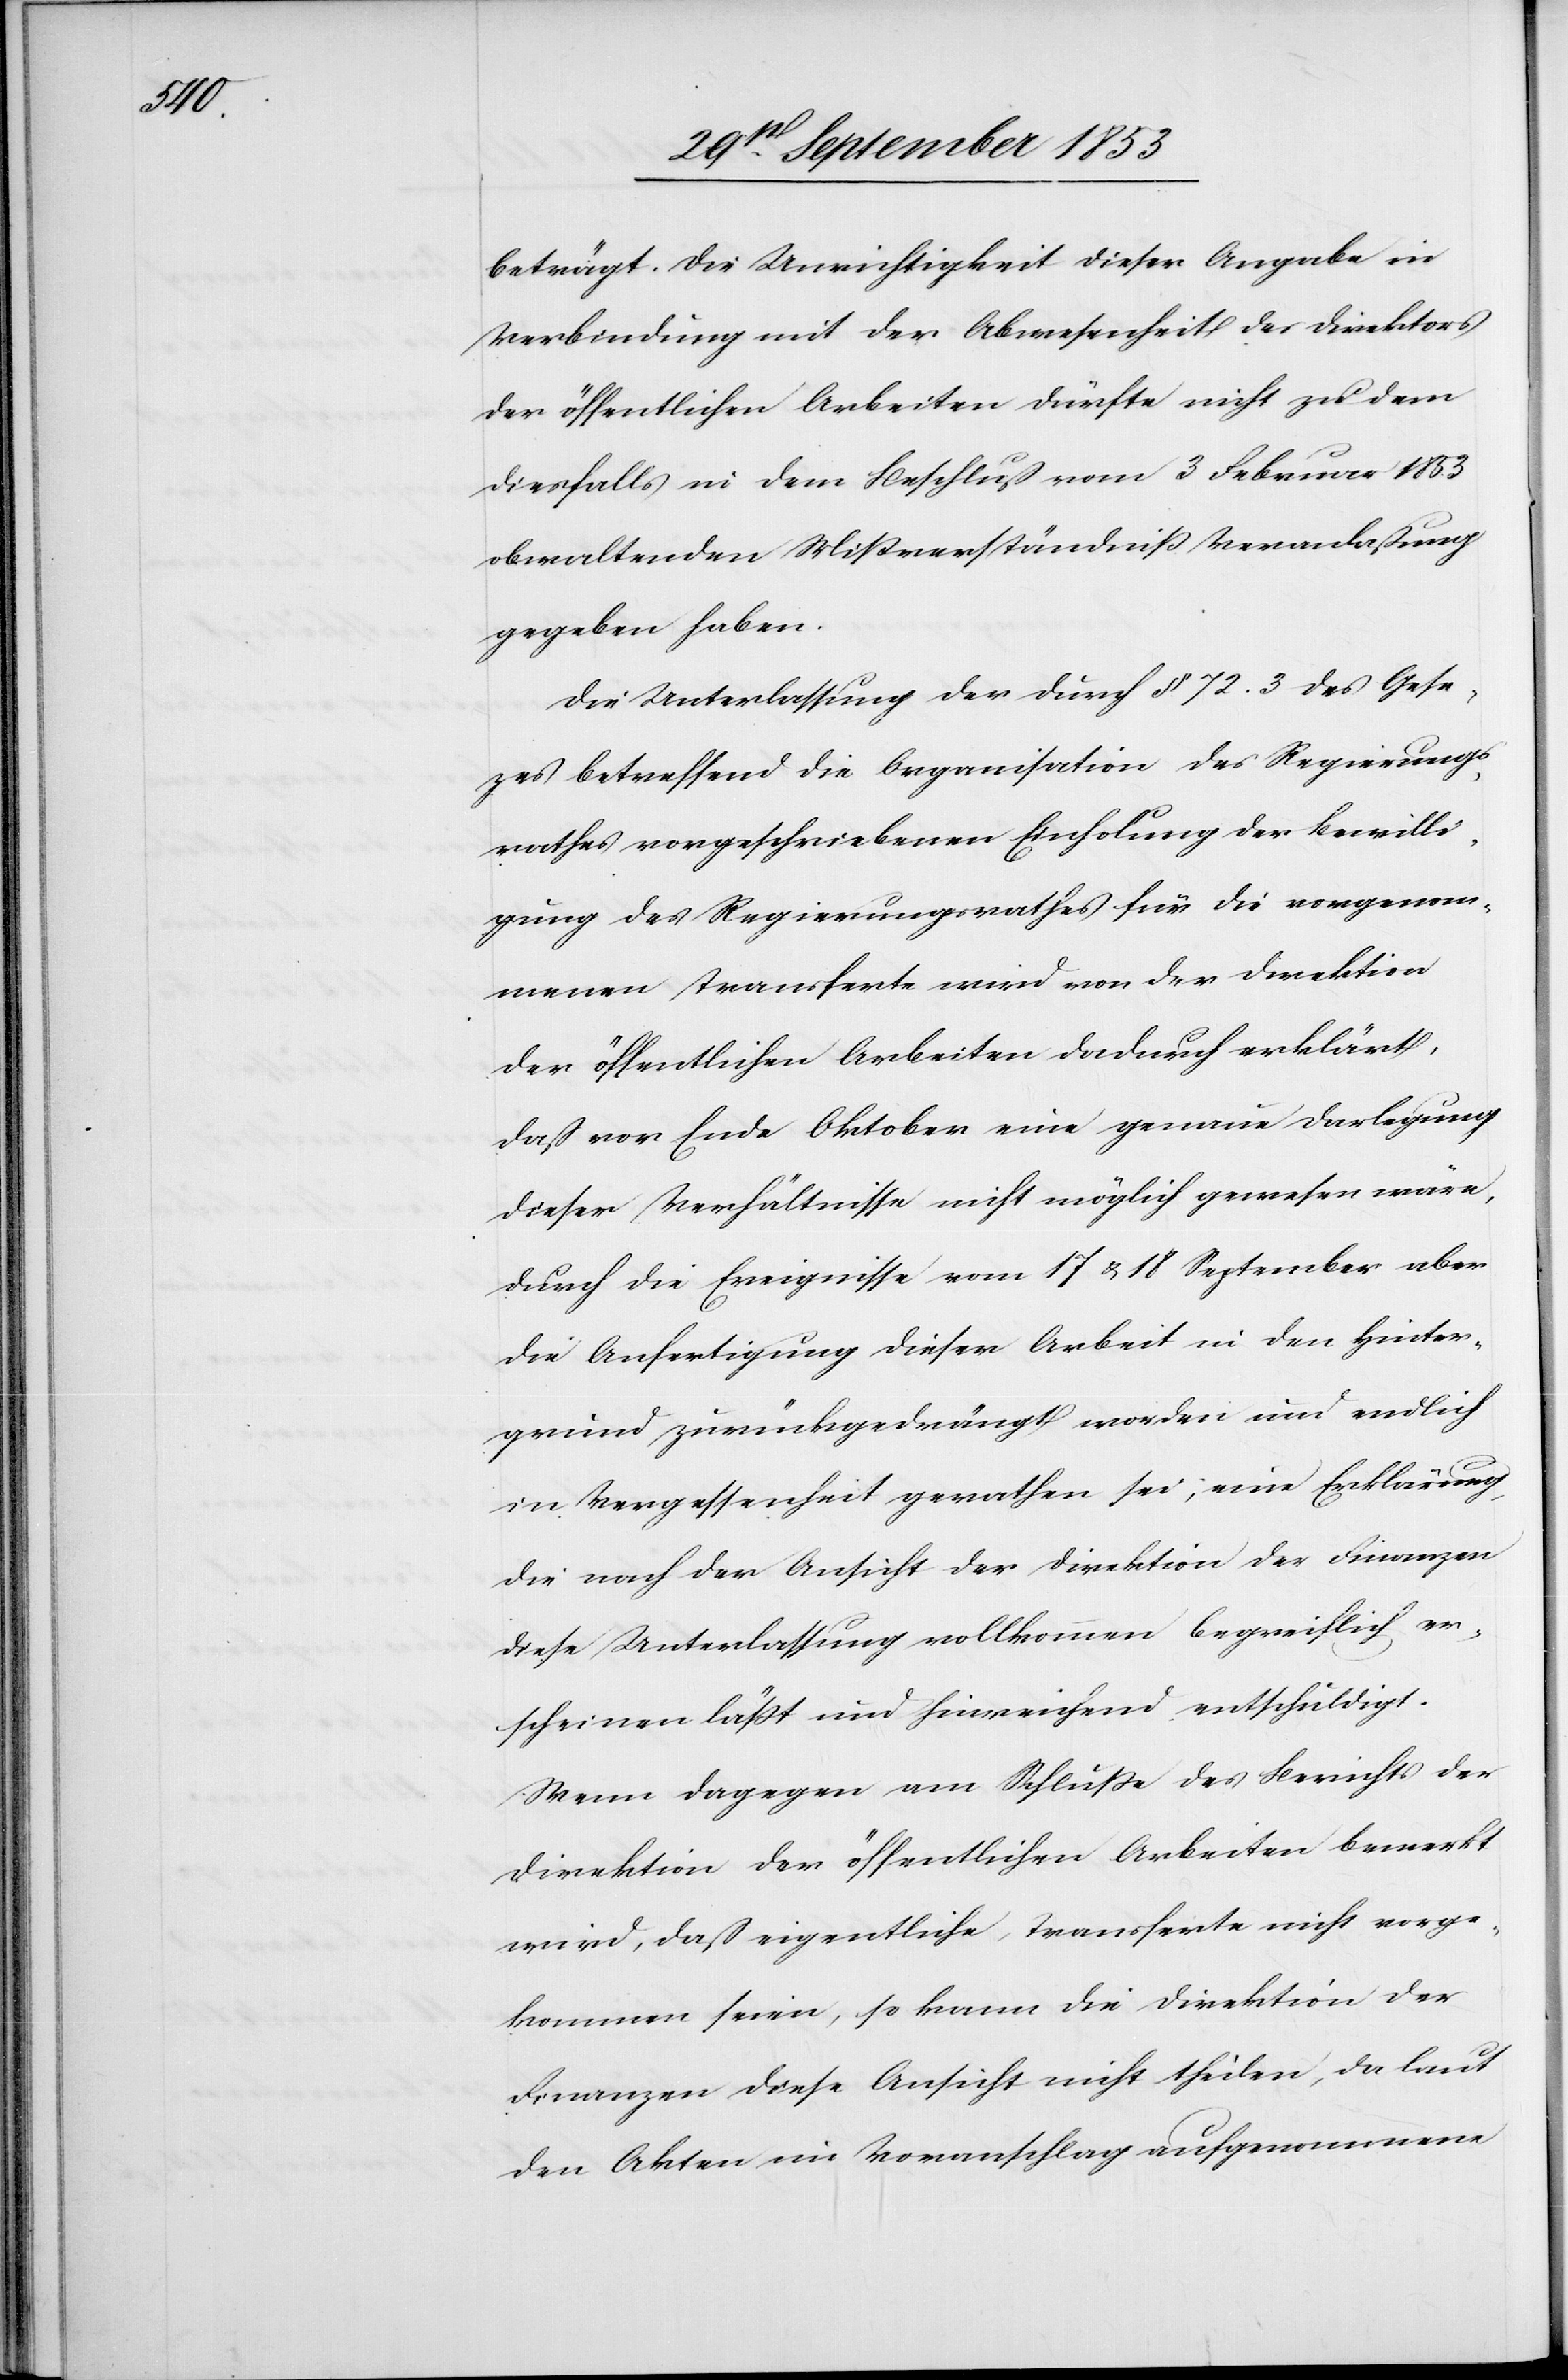
beträgt. Die Unrichtigkeit dieser Angabe in
Verbindung mit der Abwesenheit des Direktors
der öffentlichen Arbeiten dürfte nicht zu dem
diesfalls in dem Beschluß vom 3 Februar 1853
obwaltenden Mißverständniß Veranlaßung
gegeben haben.
Die Unterlassung der durch § 72. 3. des Geset¬
zes betreffend die Organisation des Regierungs¬
rathes vorgeschriebenen Einholung der Bewilli¬
gung des Regierungsrathes für die vorgenom¬
menen Transferte wird von der Direktion
der öffentlichen Arbeiten dadurch erklärt,
daß vor Ende Oktober eine genaue Darlegung
dieser Verhältnisse nicht möglich gewesen wäre,
durch die Ereigniße vom 17 u. 18 September aber
die Anfertigung dieser Arbeit in den Hinter¬
grund zurückgedrängt worden und endlich
in Vergessenheit gerathen sei, eine Erklärung,
die nach der Ansicht der Direktion der Finanzen
diese Unterlassung vollkommen begreiflich er¬
scheinen läßt und hinreichend entschuldigt.
Wenn dagegen am Schluße des Berichts der
Direktion der öffentlichen Arbeiten bemerkt
wird, daß eigentliche Transferte nicht vorge¬
kommen seien, so kann die Direktion der
Finanzen diese Ansicht nicht theilen, da laut
den Akten im Voranschlag aufgenommene